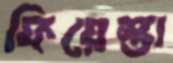
ফিয়েস্তা